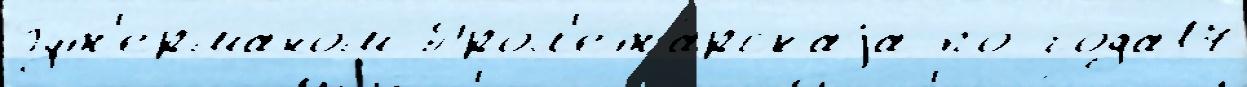
Гут'ерманом Прол'ета́рскаjа по года17